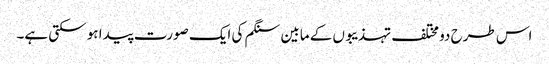
اس طرح دو مختلف تہذیبوں کے مابین سنگم کی ایک صورت پیدا ہو سکتی ہے۔